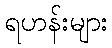
ရဟန်းများ